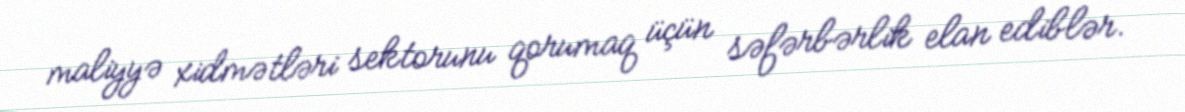
maliyyə xidmətləri sektorunu qorumaq üçün səfərbərlik elan ediblər.